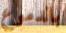
بالدموع